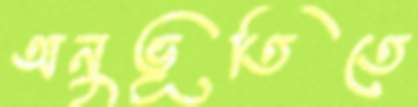
অনুভূতিতে